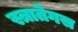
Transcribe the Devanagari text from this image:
स्त्रातेगस